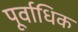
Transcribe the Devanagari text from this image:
पूर्वाधिक